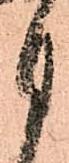
月